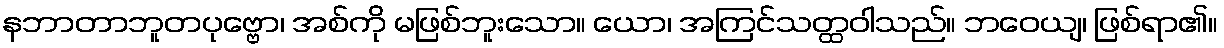
နဘာတာဘူတပုဗ္ဗော၊ အစ်ကို မဖြစ်ဘူးသော။ ယော၊ အကြင်သတ္ထဝါသည်။ ဘဝေယျ၊ ဖြစ်ရာ၏။